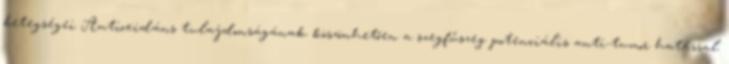
betegségei Antioxidáns tulajdonságának köszönhetően a szegfűszeg potenciális anti-tumor hatással